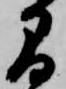
間